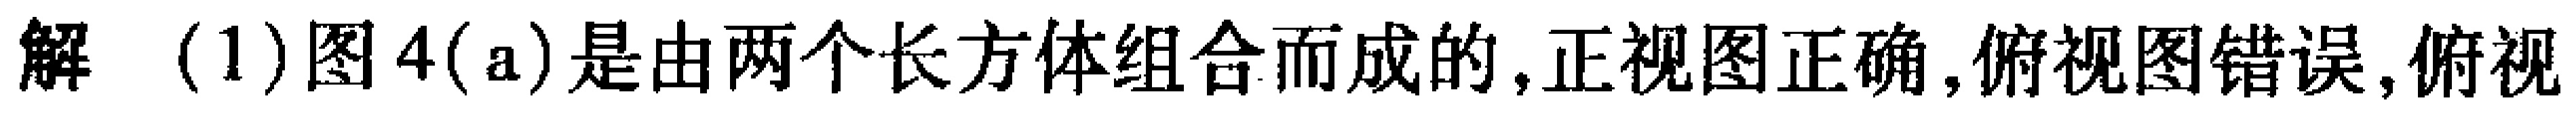
解 (1)图4(a)是由两个长方体组合而成的,正视图正确,俯视图错误,俯视